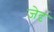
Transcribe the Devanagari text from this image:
जेदृ